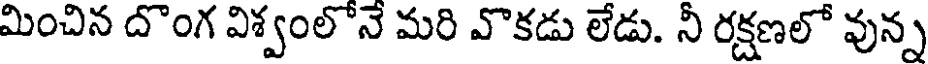
మించిన దొంగ విశ్వంలోనే మరి వొకడు లేడు. నీ రక్షణలో వున్న